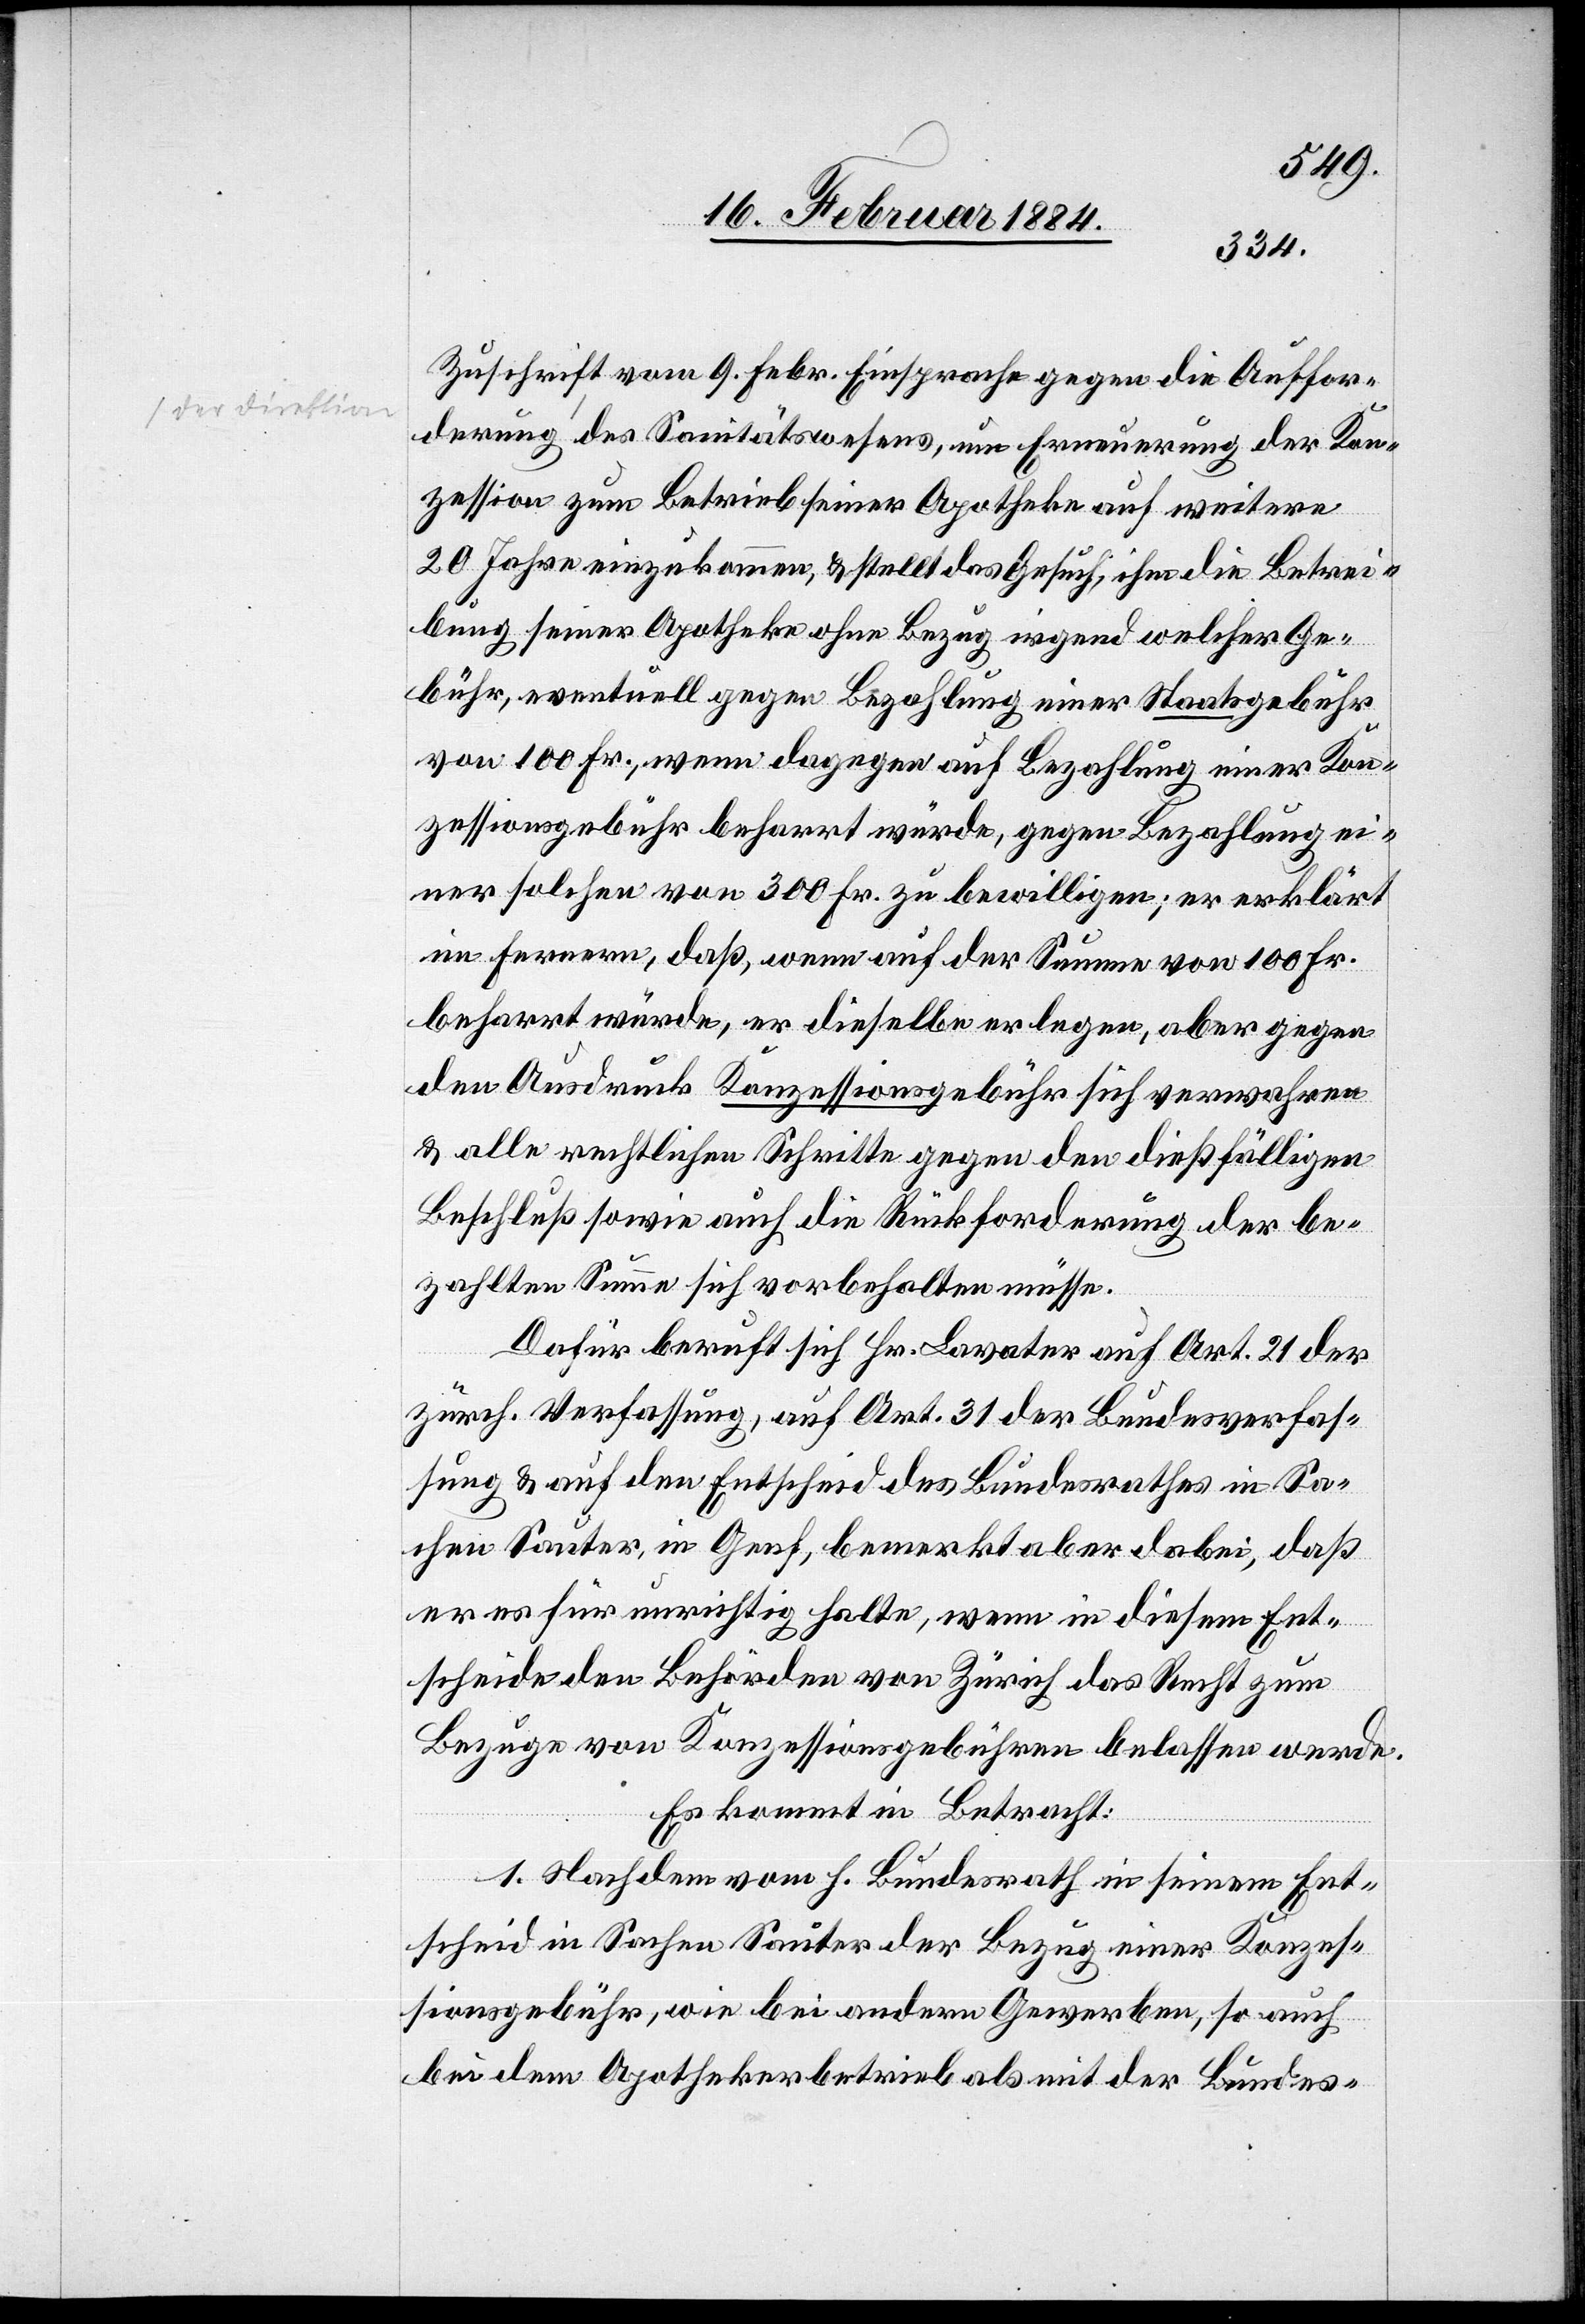
Zuschrift vom 9. Febr. Einsprache gegen die Auffor¬
derung des Sanitätswesens, um Erneuerung der Kon¬
zession zum Betrieb seiner Apotheke auf weitere
20 Jahre einzukommen, & stellt das Gesuch, ihm die Betrei¬
bung seiner Apotheke ohne Bezug irgend welcher Ge¬
bühr, eventuell gegen Bezahlung einer Staatsgebühr
von 100 Fr., wenn dagegen auf Bezahlung einer Kon¬
zessionsgebühr beharrt würde, gegen Bezahlung ei¬
ner solchen von 300 Fr. zu bewilligen; er erklärt
im Ferneren, daß wenn auf der Summe von 100 Fr.
beharrt würde, er dieselbe erlegen, aber gegen
den Ausdruck Konzessionsgebühr sich verwahren
& alle rechtlichen Schritte gegen den dießfälligen
Beschluß sowie auch die Rückforderung der be¬
zahlten Summe sich vorbehalten müsse.
Dafür beruft sich Hr. Lavater auf Art. 21 der
zürch. Verfassung, auf Art. 31 der Bundesverfas¬
sung & auf den Entscheid des Bundesrathes in Sa¬
chen Sauter, in Genf, bemerkt aber dabei, daß
er es für unrichtig halte, wenn in diesem Ent¬
scheide den Behörden von Zürich das Recht zum
Bezuge von Konzessionsgebühren belassen werde.
Es kommt in Betracht:
1. Nachdem vom h. Bundesrath in seinem Ent¬
scheid in Sachen Sauter der Bezug einer Konzes¬
sionsgebühr, wie bei andern Gewerben, so auch
bei dem Apothekerbetrieb als mit der Bundes-